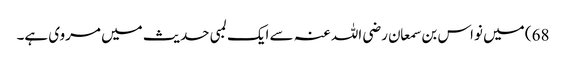
68) میں نواس بن سمعان رضی اللہ عنہ سے ایک لمبی حدیث میں مروی ہے۔